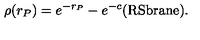
\rho ( r _ { P } ) = e ^ { - r _ { P } } - e ^ { - c } \mathrm { ( R S b r a n e ) } .